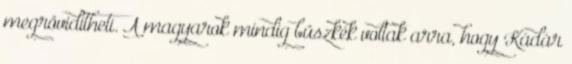
megrövidítheti. A magyarok mindig büszkék voltak arra, hogy Kádár